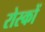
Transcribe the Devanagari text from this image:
रोस्कों